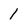
Character: 1